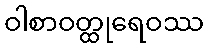
ဝါစာဝတ္ထုရေဝဿ